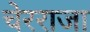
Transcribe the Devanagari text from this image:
चेरराजा